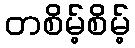
တစိမ့်စိမ့်